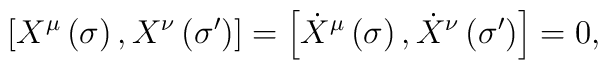
\left[X^\mu\left( \sigma\right) , X^\nu\left(\sigma^\prime\right)\right] =\left[\dot{X}^\mu\left( \sigma\right) ,  \dot{X}^\nu\left(\sigma^\prime\right)\right] = 0,